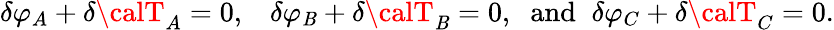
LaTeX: {\delta}\varphi_{A}+{\delta}{\calT}_{A}=0,\; \; \; {\delta}\varphi_{\mathit{B}}+{\delta}{\calT}_{\mathit{B}}=0,\; \; \mathrm{{and}}\; \; {\delta}\varphi_{C}+{\delta}{\calT}_{C}=0.